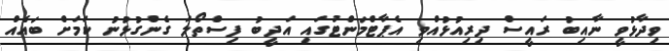
ވިދާޅުވީ ނާއިބު ރައީސް ދިރިއުޅުއްވި އެޕާޓްމަންޓުގައި އަދީބު ފިސްތޯލަ ގެންގުޅުނު ކަމަށް ބައެއް